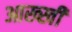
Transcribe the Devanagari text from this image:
आख्खी